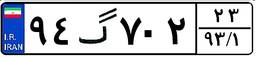
۹۴گ۷۰۲۲۳